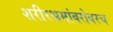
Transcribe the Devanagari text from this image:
शरीरश्रमांबरोबरच